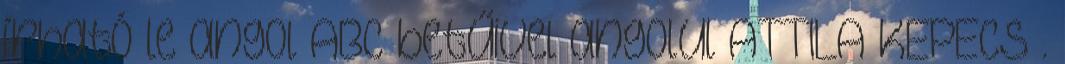
írható le angol ABC betűivel angolul ATTILA KEPECS .